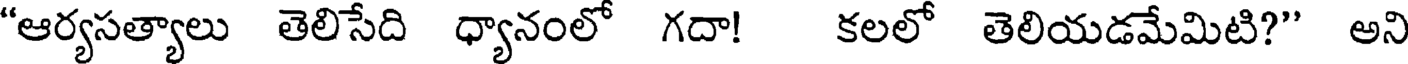
"ఆర్యసత్యాలు తెలిసేది ధ్యానంలో గదా! కలలో తెలియడమేమిటి?" అని